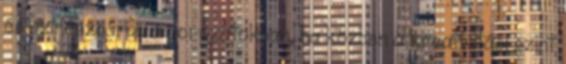
és színészgárda a sorozatokban, ha közben a kreativitási szint